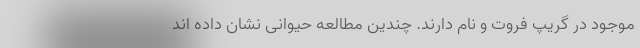
موجود در گریپ فروت و نام دارند. چندین مطالعه حیوانی نشان داده اند